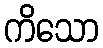
ကိသော